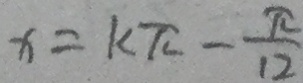
x = k \pi - \frac { \pi } { 1 2 }